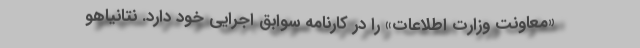
«معاونت وزارت اطلاعات» را در کارنامه سوابق اجرایی خود دارد. نتانیاهو